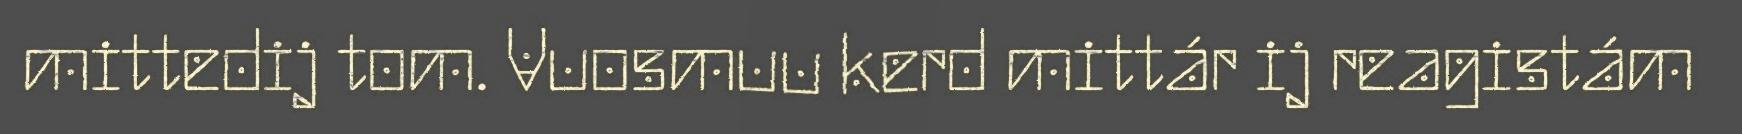
mittedij tom. Vuosmuu kerd mittár ij reagistám